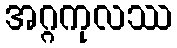
အဂ္ဂကုလဿ